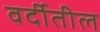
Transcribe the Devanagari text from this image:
वर्दीतील